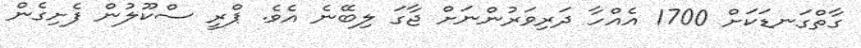
ގާތްގަނޑަކަށް 1700 އެއްހާ ދަރިވަރުންނަށް ޖާގަ ލިބޭނެ އެވެ. ޕްރީ ސްކޫލުން ފެށިގެން